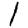
Digit: 1